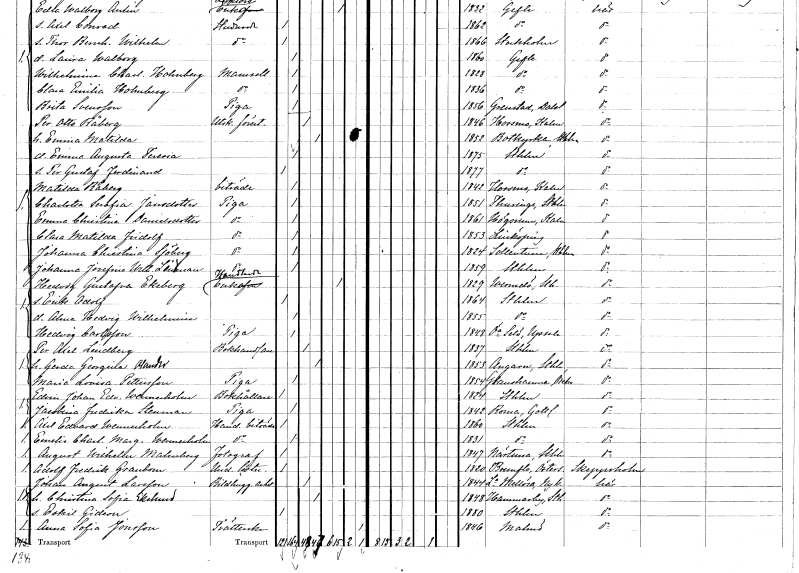
gt_parse: households: individuals: FN: Per Otto
EN: Råberg
YRKE: Utskänkningsföreståndare
KON: M
CIV: G
FODAR: 1846
FODFORS: Hossmo Kalmar län
FN: Emma Matilda
KON: K
CIV: G
FODAR: 1852
FODFORS: Botkyrka Stockholms län
FN: Emma Augusta Teresia
KON: K
CIV: O
FODAR: 1875
FODFORS: Stockholm
FN: Per Gustaf Ferdinand
KON: M
CIV: O
FODAR: 1877
FODFORS: Stockholm
FN: Matilda
EN: Råberg
YRKE: Biträde
KON: K
CIV: O
FODAR: 1842
FODFORS: Hossmo Kalmar län
FN: Charlotta Serafia
EN: Jansdotter
YRKE: Piga
KON: K
CIV: O
FODAR: 1851
FODFORS: Turinge Stockholms län
FN: Emma Christina
EN: Samuelsdotter
YRKE: Piga
KON: K
CIV: O
FODAR: 1861
FODFORS: Högsrum Kalmar län
FN: Clara Matilda
EN: Fridolf
YRKE: Piga
KON: K
CIV: O
FODAR: 1853
FODFORS: Linköping Östergötlands län
FN: Johanna Christina
EN: Sjöberg
YRKE: Piga
KON: K
CIV: O
FODAR: 1824
FODFORS: Sollentuna Stockholms län
FN: Johanna Josefina Wilhelmina
EN: Lindman
YRKE: Piga
KON: K
CIV: O
FODAR: 1859
FODFORS: Stockholm
FN: Hedda Gustafva
EN: Ekeberg
YRKE: Handlandeänka
KON: K
CIV: E
FODAR: 1829
FODFORS: Värmdö Stockholms län
FN: Erik Adolf
KON: M
CIV: O
FODAR: 1864
FODFORS: Stockholm
FN: Alma Hedvig Wilhelmina
KON: K
CIV: O
FODAR: 1855
FODFORS: Stockholm
FN: Hedvig
EN: Carlsson
YRKE: Piga
KON: K
CIV: O
FODAR: 1848
FODFORS: Överselö Södermanlands län
FN: Per Axel
EN: Lindberg
YRKE: Bokhandlare
KON: M
CIV: G
FODAR: 1837
FODFORS: Stockholm
FN: Gerda Georgina
EN: Olander
KON: K
CIV: G
FODAR: 1853
FODFORS: Angarn Stockholms län
FN: Maria Lovisa
EN: Pettersson
YRKE: Piga
KON: K
CIV: O
FODAR: 1854
FODFORS: Glanshammar Örebro län
FN: Edvin Johan Edvard
EN: Wennerholm
YRKE: Bokhållare
KON: M
CIV: O
FODAR: 1824
FODFORS: Stockholm
FN: Jacobina Fredrika
EN: Stenman
YRKE: Piga
KON: K
CIV: O
FODAR: 1842
FODFORS: Roma Gotlands län
FN: Axel Edvard
EN: Wennerholm
YRKE: Handelsbiträde
KON: M
CIV: O
FODAR: 1860
FODFORS: Stockholm
FN: Emelie Charlotta Margareta
EN: Wennerholm
YRKE: Handelsbiträde
KON: K
CIV: O
FODAR: 1831
FODFORS: Stockholm
FN: August Wilhelm
EN: Malmberg
YRKE: Fotograf
KON: M
CIV: O
FODAR: 1847
FODFORS: Närtuna Stockholms län
FN: Adolf Fredrik
EN: Granbom
YRKE: Underlöjtnant
KON: M
CIV: O
FODAR: 1820
FODFORS: Brunflo Jämtlands län
FN: Johan August
EN: Larsson
YRKE: Bildhuggeriarbetare
KON: M
CIV: G
FODAR: 1844
FODFORS: Lilla Mellösa Södermanlands län
FN: Christina Sofia
EN: Ekelund
KON: K
CIV: G
FODAR: 1848
FODFORS: Hammarby Stockholms län
FN: Eskil Gideon
KON: M
CIV: O
FODAR: 1880
FODFORS: Stockholm
FN: Anna Sofia
EN: Jonsson
YRKE: Tvätterska
KON: K
CIV: X
FODAR: 1846
FODFORS: Malmö Malmöhus län